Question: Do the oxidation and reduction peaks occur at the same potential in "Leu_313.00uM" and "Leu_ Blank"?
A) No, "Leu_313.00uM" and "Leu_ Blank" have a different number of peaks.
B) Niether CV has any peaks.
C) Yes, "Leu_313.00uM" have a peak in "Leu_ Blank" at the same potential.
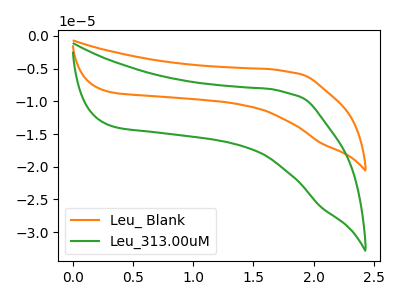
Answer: <think>The orange curve "Leu_ Blank" has no peaks. The green curve "Leu_313.00uM" has no peaks.</think>
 <answer>B) Niether CV has any peaks.</answer>
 <eval>B</eval>